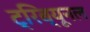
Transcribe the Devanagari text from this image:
ट्रिब्‍यूनल